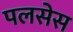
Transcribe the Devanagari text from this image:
पलसेस